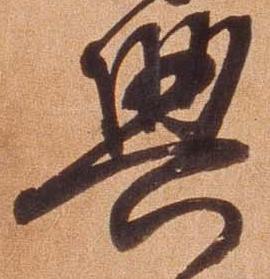
興